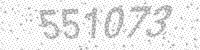
Solution: 551073